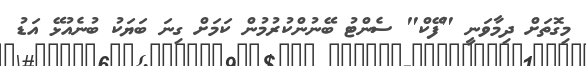
މިގޮތަށް ދިމާވަނީ "ފޭކް" ސެންޓު ބޭނުންކުރުމުން ކަމަށް ގިނަ ބަޔަކު ބުނެއުޅޭ އަޑު